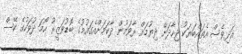
އަދިވެސް އެތައްބަޔަކު ޖިހާދަށް ދިޔުމަށް ރާވަމުން ދާކަމަށްއެގައުމުގެ ބޮޑުވަޒީރު ހޯމަ ދުވަހުގެ ކޭސް